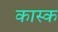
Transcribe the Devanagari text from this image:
कास्क